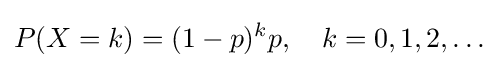
P(X=k)=(1-p)^{k}p,\quad k=0,1,2,\dots